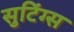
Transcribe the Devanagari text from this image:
सुटिंग्स